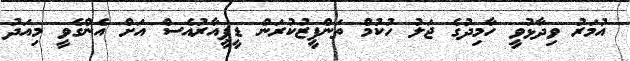
އުމަރު ވިދާޅުވީ ހާމިދުގެ ޖަލު ހުކުމް ތަންފީޒުކުރަން ޑީޕީއާރުއެސް އަށް އެންގެވީ މިއަދު